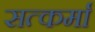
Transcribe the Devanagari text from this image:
सत्कर्मा